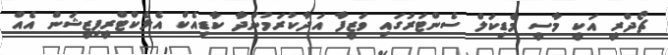
ޗޯދްރީ އަކީ މާސީ މެޑިކަލް ސެންޓަރުގައި ވަޒީފާ އަދާކުރަމުންދާ ކާޑިއެކް އެލެކްޓްރީފިޒީޝަން އެއް